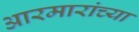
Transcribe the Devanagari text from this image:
आरमारांच्या